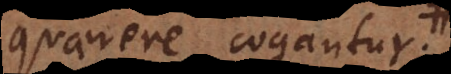
quaerere cogantur,